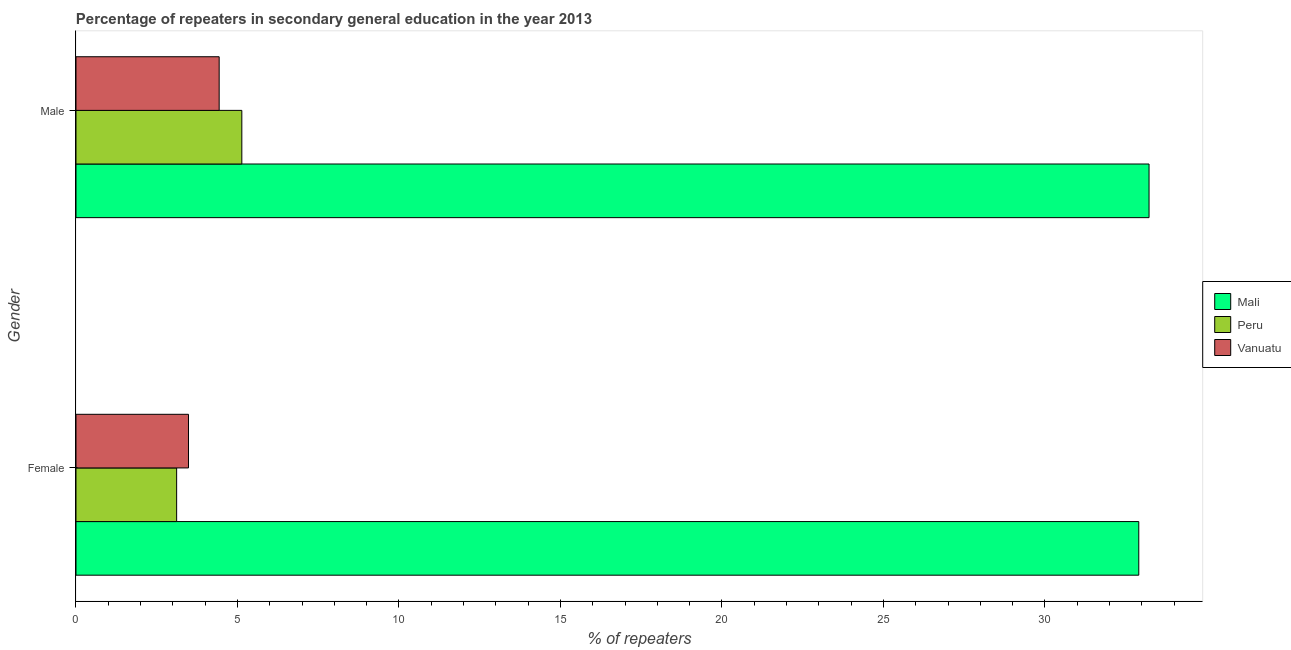
| Gender | Mali | Peru | Vanuatu |
 | --- | --- | --- | --- |
 | Female | 32.9 | 3.12 | 3.48 |
 | Male | 33.2 | 5.13 | 4.43 |